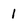
Character: 1